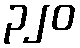
၃၂၀